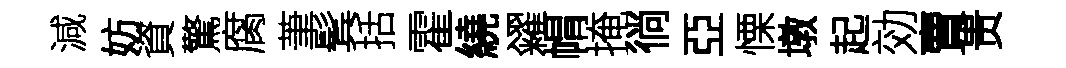
減妨資驚腐茟鬂括霍繞糴㡌掩徜亞慄墩起効賣贵